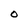
Character: O